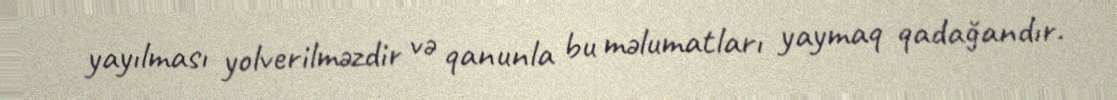
yayılması yolverilməzdir və qanunla bu məlumatları yaymaq qadağandır.